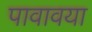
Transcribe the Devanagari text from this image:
पावावया